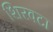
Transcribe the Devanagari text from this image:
शिरवटा